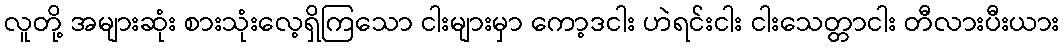
လူတို့ အများဆုံး စားသုံးလေ့ရှိကြသော ငါးများမှာ ကော့ဒငါး ဟဲရင်းငါး ငါးသေတ္တာငါး တီလားပီးယား